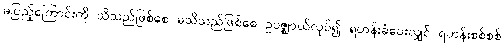
မပြည့်ကြောင်းကို သိသည်ဖြစ်စေ မသိသည်ဖြစ်စေ ဥပဇ္ဈာယ်လုပ်၍ ရဟန်းခံပေးလျှင် ရဟန်းစစ်စစ်